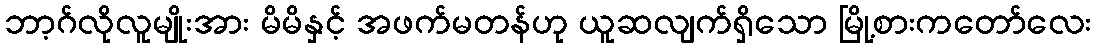
ဘာ့ဂ်လိုလူမျိုးအား မိမိနှင့် အဖက်မတန်ဟု ယူဆလျက်ရှိသော မြို့စားကတော်လေး